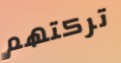
تركتهم